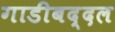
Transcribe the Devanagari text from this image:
गाडीबद्दल